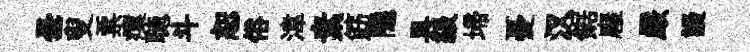
曇叟票瘼聴斗恕俗湋素筯隱具級埽憂汉鋸廱嚴謾